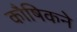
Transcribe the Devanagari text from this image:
कौषिकने